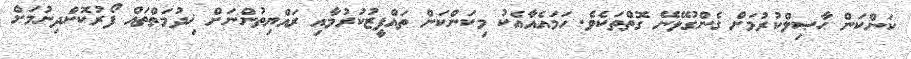
ކަންކަން ޙާޞިލްކުރުމަށް ގެންގުޅޭނޭ ގޮތްތަކެވެ. ހަމައެއާއެކު މިކަންކަން ތައްފީޒުކުރުމާއި ރައްޔިތުންނަށް ޚިދުމަތްތައް ފޯރުކޮށްދިނުމަށް